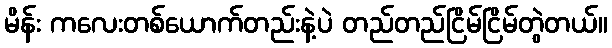
မိန်း ကလေးတစ်ယောက်တည်းနဲ့ပဲ တည်တည်ငြိမ်ငြိမ်တွဲတယ်။